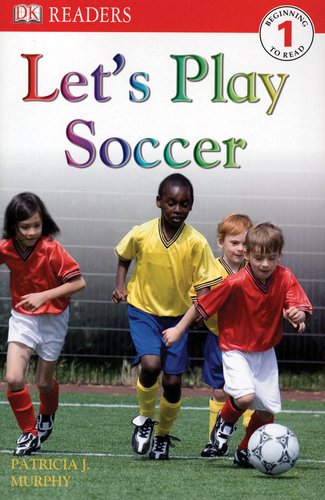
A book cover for DK Readers L1: Let's Play Soccer; Patricia J. Murphy; Children's Books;